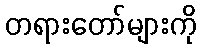
တရားတော်များကို